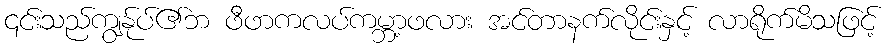
၎င်းသည်ကျွန်ုပ်၏ဘ ဖီဖာကလပ်ကမ္ဘာ့ဖလား အင်တာနက်လိုင်းနှင့် လာရိုက်မိသဖြင့်